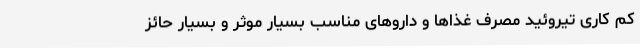
کم کاری تیروئید مصرف غذاها و داروهای مناسب بسیار موثر و بسیار حائز